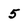
Character: 5